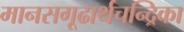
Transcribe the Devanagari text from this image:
मानसगूढार्थचन्द्रिका